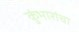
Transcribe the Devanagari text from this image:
कुंभारांचा